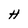
Character: H